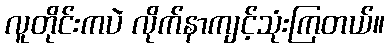
လူတိုင်းကပဲ လိုက်နာကျင့်သုံးကြတယ်။